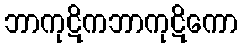
ဘာကုဋိကဘာကုဋိကော